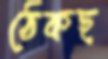
ঠেকছ